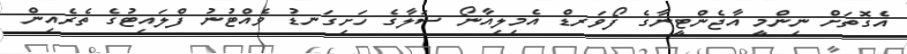
އެގޮތަށް ނިންމީ އާޖެންޓީނާގެ ފޯވަރޑް އެމިލިއާނޯ ސަލާގެ ހަށިގަނޑު ވެއްޓުނު ފްލައިޓުގެ ތެރެއިން